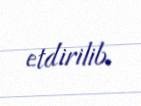
etdirilib.